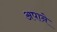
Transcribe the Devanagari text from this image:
अपाने